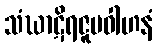
သံဃာဋိရဇူပဝါဟနံ